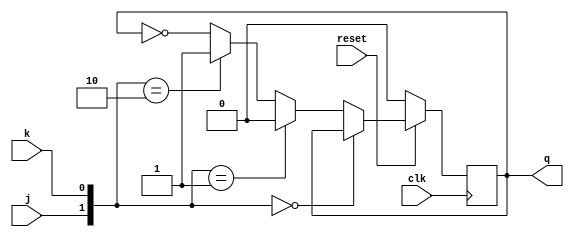
module JK_FF(q, j, k, clk, reset);
    output q;
    input j, k, clk, reset;
    reg q;

    always @(posedge clk) begin
        if (!reset) q <= 1'b0;
        else if({j,k} == 2'b00) q <= q;
        else if({j,k} == 2'b01) q <=1'b0;
        else if({j,k} == 2'b10) q <=1'b1;
        else q <= ~q;
    end
endmodule

module JK_FF_tb;
    reg j, k, clk, reset;
    wire q;

    JK_FF UUT(q, j, k, clk, reset);

    initial #200 $finish;

    initial begin
        clk = 1'b0;
        repeat (25) #5 clk = ~clk;
    end

    initial begin
        #15 reset = 1'b0; j = 1'b0; k = 1'b0;
        #10 reset = 1'b1; j = 1'b1; k = 1'b0;
        #10 j = 1'b0; k = 1'b1;
        #10 j = 1'b1; k = 1'b1;
    end

    initial $monitor("q = %b, j = %b, k = %b, clk = %b, reset = %b", q, j, k, clk, reset);
endmodule